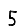
Digit: 5